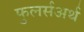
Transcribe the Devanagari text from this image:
फुलर्सअर्थ